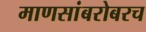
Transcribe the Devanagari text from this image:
माणसांबरोबरच